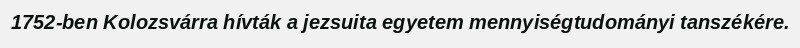
1752-ben Kolozsvárra hívták a jezsuita egyetem mennyiségtudományi tanszékére.